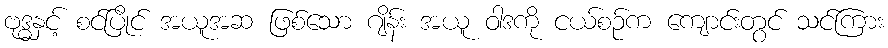
ဗုဒ္ဓနှင့် စင်ပြိုင် အယူအဆ ဖြစ်သော ဂျိန်း အယူ ဝါဒကို ငယ်စဉ်က ကျောင်းတွင် သင်ကြား